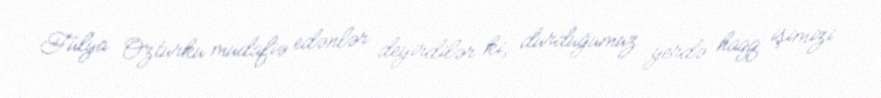
Fülya Öztürkü müdafiə edənlər deyirdilər ki, durduğumuz yerdə haqq işimizi